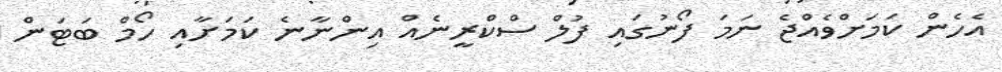
އެހެން ކަމަށްވެއްޖެ ނަމަ ފޯނުގައި ފުލް ސްކްރީނެއް އިންނާނެ ކަމަށާއި ހޯމް ބަޓަން